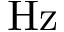
\mathrm { H z }